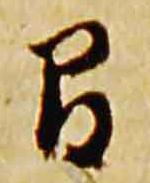
間